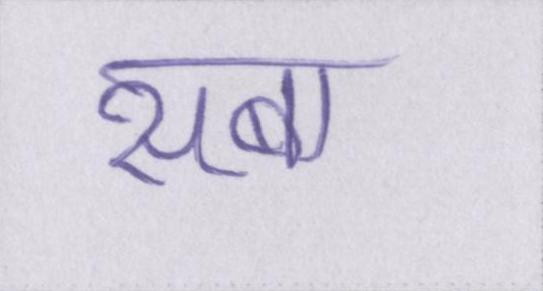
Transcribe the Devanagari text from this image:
सबा